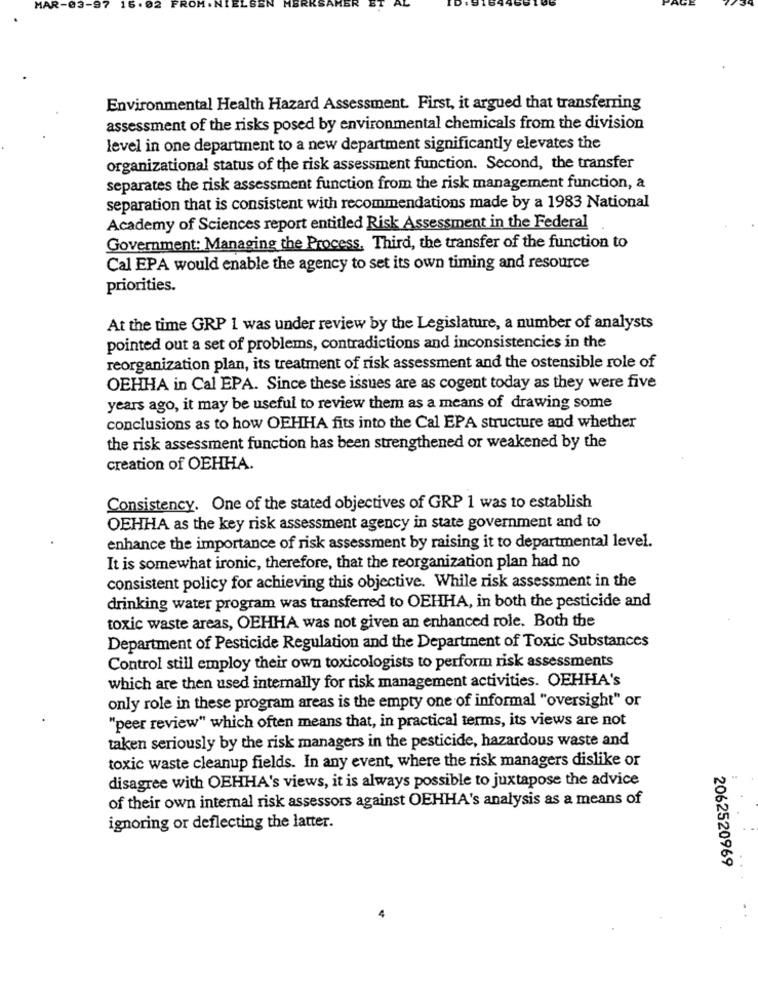
MAR-03
.92
Environmental Health Hazard Assessment. First, it argued that transferring
assessment of the risks posed by environmental chemicals from the division
level in one department to a new department significantly elevates the
organizational status of the risk assessment function. Second, the transfer
separates the risk assessment function from the risk management function, a
separation that is consistent with recommendations made by a 1983 National
Academy of Sciences report entitled Risk Assessment in the Federal
Government: Managing the Process, Third, the transfer of the function to
Cal EPA would enable the agency to set its own timing and resource
priorities.
At the time GRP 1 was under review by the Legislature, a number of analysts
pointed out a set of problems, contradictions and inconsistencies in the
reorganization plan, its treatment of risk assessment and the ostensible role of
OEHHA in Cal EPA. Since these issues are as cogent today as they were five
years ago, it may be useful to review them as a means of drawing some
conclusions as to how OEHHA fits into the Cal EPA structure and whether
the risk assessment function has been strengthened or weakened by the
creation of OEHHA.
Consistency. One of the stated objectives of GRP 1 was to establish
OEHHA as the key risk assessment agency in state government and to
enhance the importance of risk assessment by raising it to departmental level.
It is somewhat ironic, therefore, that the reorganization plan had no
consistent policy for achieving this objective. While risk assessment in the
drinking water program was transferred to OEHHA, in both the pesticide and
toxic waste areas, OEHHA was not given an enhanced role. Both the
Department of Pesticide Regulation and the Department of Toxic Substances
Control still employ their own toxicologists to perform risk assessments
which are then used internally for risk management activities. OEHHA's
only role in these program areas is the empty one of informal "oversight" or
"peer review" which often means that, in practical terms, its views are not
taken seriously by the risk managers in the pesticide, hazardous waste and
toxic waste cleanup fields. In any event, where the risk managers dislike or
disagree with OEHHA's views, it is always possible to juxtapose the advice
of their own internal risk assessors against OEHHA's analysis as a means of
ignoring or deflecting the latter.
2062520969